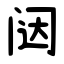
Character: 闼